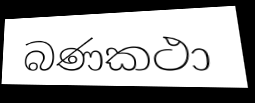
බණකථා